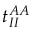
t _ { I I } ^ { A A }